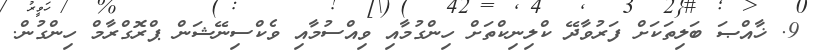
9. ޚާއްޞަ ބަލިތަކަށް ފަރުވާދޭ ކްލިނިކްތަށް ހިންގުމާއި ވިއްސުމާއި ވެކްސިނޭޝަން ޕްރޮގްރާމް ހިންގުން.